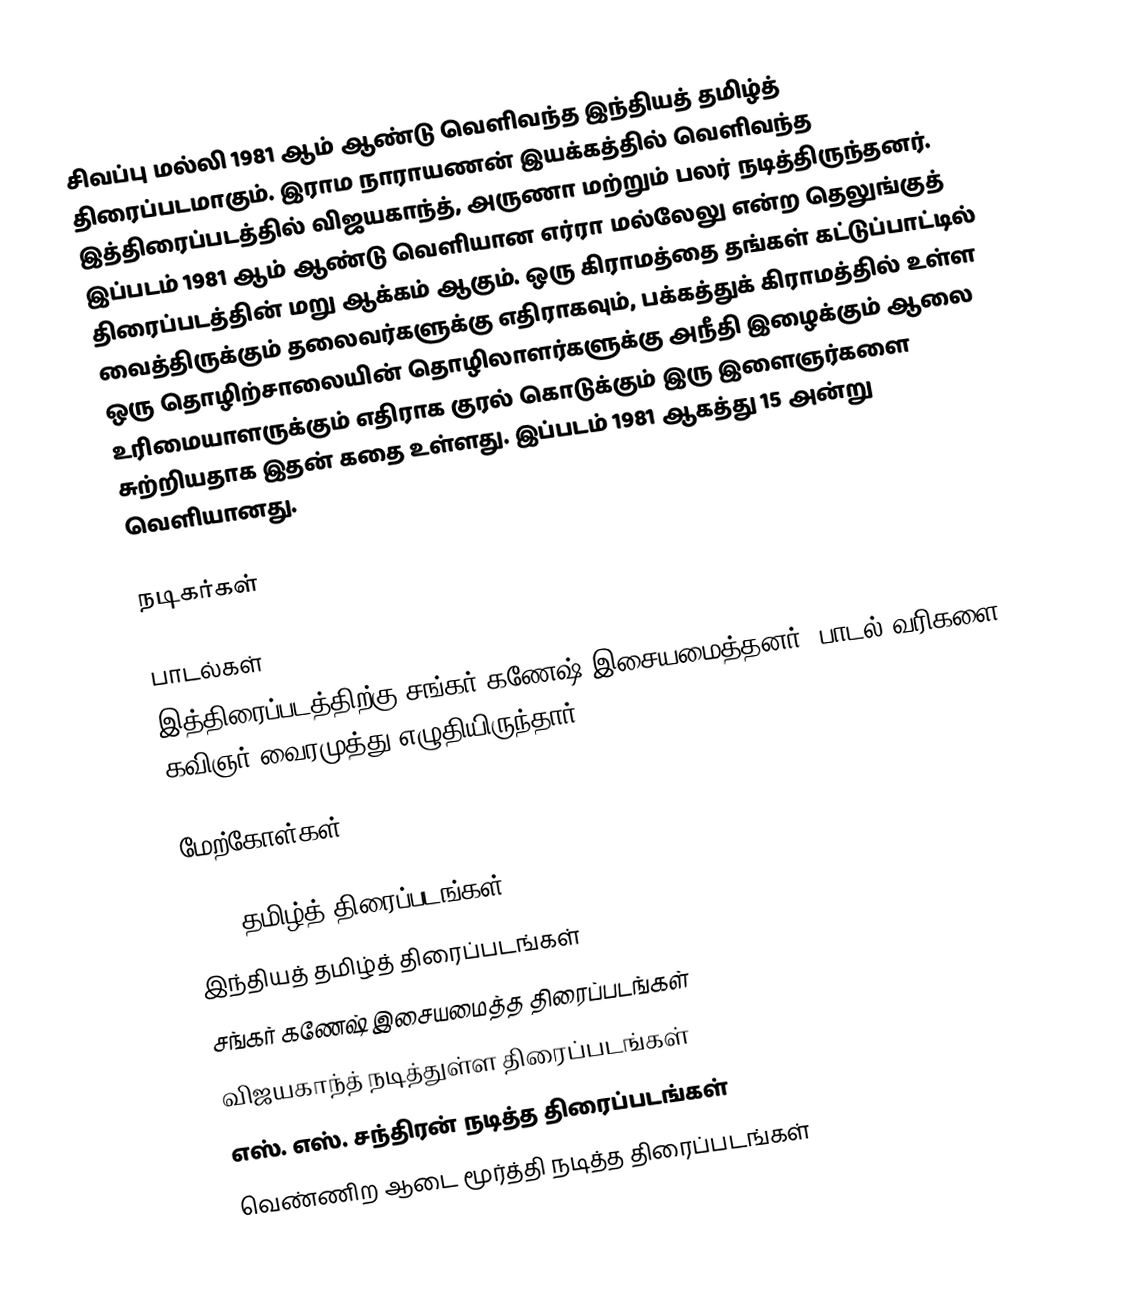
சிவப்பு மல்லி 1981 ஆம் ஆண்டு வெளிவந்த இந்தியத் தமிழ்த் திரைப்படமாகும். இராம நாராயணன் இயக்கத்தில் வெளிவந்த இத்திரைப்படத்தில் விஜயகாந்த், அருணா மற்றும் பலர் நடித்திருந்தனர். இப்படம் 1981 ஆம் ஆண்டு வெளியான எர்ரா மல்லேலு என்ற தெலுங்குத் திரைப்படத்தின் மறு ஆக்கம் ஆகும். ஒரு கிராமத்தை தங்கள் கட்டுப்பாட்டில் வைத்திருக்கும் தலைவர்களுக்கு எதிராகவும், பக்கத்துக் கிராமத்தில் உள்ள ஒரு தொழிற்சாலையின் தொழிலாளர்களுக்கு அநீதி இழைக்கும் ஆலை உரிமையாளருக்கும் எதிராக குரல் கொடுக்கும் இரு இளைஞர்களை சுற்றியதாக இதன் கதை உள்ளது. இப்படம் 1981 ஆகத்து 15 அன்று வெளியானது.

நடிகர்கள்

பாடல்கள்
இத்திரைப்படத்திற்கு சங்கர் கணேஷ் இசையமைத்தனர். பாடல் வரிகளை கவிஞர் வைரமுத்து எழுதியிருந்தார்.

மேற்கோள்கள்

1981 தமிழ்த் திரைப்படங்கள்
இந்தியத் தமிழ்த் திரைப்படங்கள்
சங்கர் கணேஷ் இசையமைத்த திரைப்படங்கள்
விஜயகாந்த் நடித்துள்ள திரைப்படங்கள்
எஸ். எஸ். சந்திரன் நடித்த திரைப்படங்கள்
வெண்ணிற ஆடை மூர்த்தி நடித்த திரைப்படங்கள்